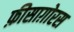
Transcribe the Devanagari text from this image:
फ़ीसाग़ोरस